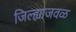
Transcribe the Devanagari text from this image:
जिल्ह्याजवळ